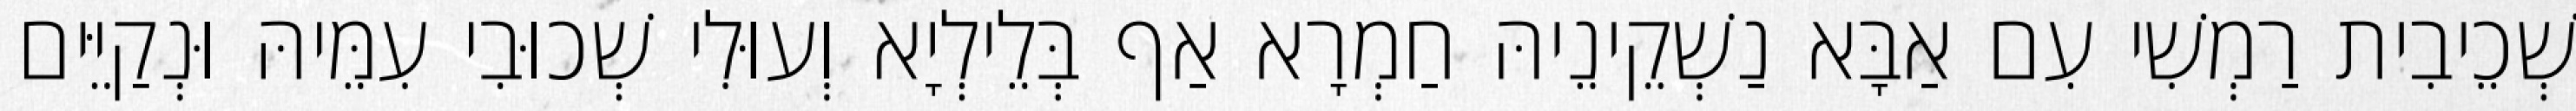
שְׁכֵיבִית רַמְשִׁי עִם אַבָּא נַשְׁקֵינֵיהּ חַמְרָא אַף בְּלֵילְיָא וְעוּלִי שְׁכוּבִי עִמֵּיהּ וּנְקַיֵּים